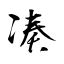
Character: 凑